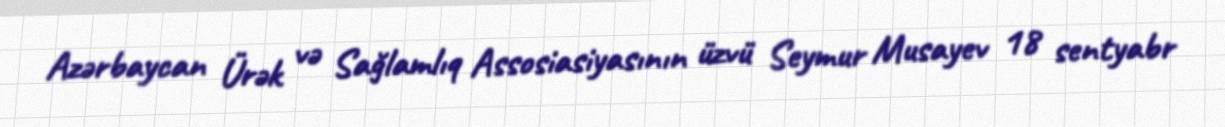
Azərbaycan Ürək və Sağlamlıq Assosiasiyasının üzvü Seymur Musayev 18 sentyabr